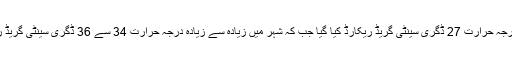
آج شہر کا کم سے کم درجہ حرارت 27 ڈگری سینٹی گریڈ ریکارڈ کیا گیا جب کہ شہر میں زیادہ سے زیادہ درجہ حرارت 34 سے 36 ڈگری سینٹی گریڈ ریکارڈ کیا جا سکتا ہے۔